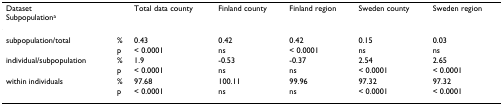
<table><thead><tr><td><b>Dataset Subpopulation<sup>a</sup></b></td><td></td><td><b>Total data county</b></td><td><b>Finland county</b></td><td><b>Finland region</b></td><td><b>Sweden county</b></td><td><b>Sweden region</b></td></tr></thead><tbody><tr><td>subpopulation/total</td><td>%</td><td>0.43</td><td>0.42</td><td>0.42</td><td>0.15</td><td>0.03</td></tr><tr><td></td><td>p</td><td>&lt; 0.0001</td><td>ns</td><td>&lt; 0.0001</td><td>ns</td><td>ns</td></tr><tr><td>individual/subpopulation</td><td>%</td><td>1.9</td><td>-0.53</td><td>-0.37</td><td>2.54</td><td>2.65</td></tr><tr><td></td><td>p</td><td>&lt; 0.0001</td><td>ns</td><td>ns</td><td>&lt; 0.0001</td><td>&lt; 0.0001</td></tr><tr><td>within individuals</td><td>%</td><td>97.68</td><td>100.11</td><td>99.96</td><td>97.32</td><td>97.32</td></tr><tr><td></td><td>p</td><td>&lt; 0.0001</td><td>ns</td><td>ns</td><td>&lt; 0.0001</td><td>&lt; 0.0001</td></tr></tbody></table>